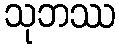
သုဘဿ